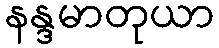
နန္ဒမာတုယာ